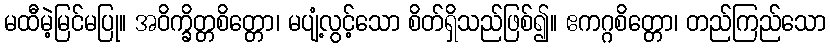
မထီမဲ့မြင်မပြု။ အဝိက္ခိတ္တစိတ္တော၊ မပျံ့လွင့်သော စိတ်ရှိသည်ဖြစ်၍။ ဧကဂ္ဂစိတ္တော၊ တည်ကြည်သော